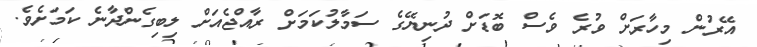
އޭރުން މިހާރަށް ވުރެ ވެސް ބޮޑަށް ދުނިޔޭގެ ސަމާލުކަމަށް ރާއްޖެއަށް ލިބިގެންދާނެ ކަމަށެވެ.